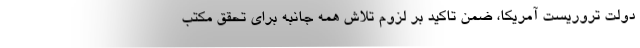
دولت تروریست آمریکا، ضمن تاکید بر لزوم تلاش همه جانبه برای تحقق مکتب